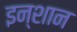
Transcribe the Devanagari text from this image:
इन्शान